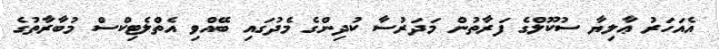
އެއަހަރު ޢާލިޔާ ސުކޫލްގެ ފަރާތުން މަދަރުސާ ކުދިންގެ މެދުގައި ބޭއްވި އެތްލެޓިކްސް މުބާރާތުގެ